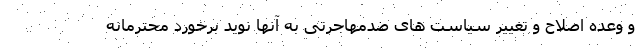
و وعده اصلاح و تغییر سیاست های ضدمهاجرتی به آنها نوید برخورد محترمانه